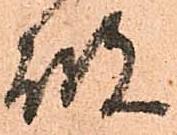
破